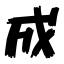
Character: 成